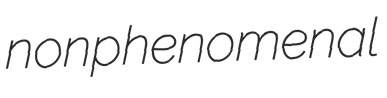
nonphenomenal